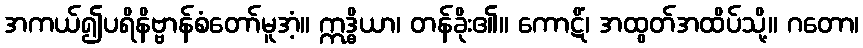
အကယ်၍ပရိနိဗ္ဗာန်စံတော်မူအံ့။ ဣဒ္ဓိယာ၊ တန်ခိုး၏။ ကောဋိံ၊ အထွတ်အထိပ်သို့။ ဂတော၊